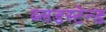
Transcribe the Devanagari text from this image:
ब्लडस्टेन्ड